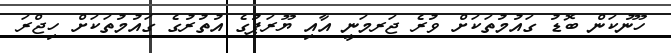
ހޫނުކަން ބޮޑު ގައުމުތަކަށް ވުރެ ޖަރމަނީ އާއި ޔޫރަޕުގެ އުތުރުގެ ގައުމުތަކަށް ހިޖްރަ